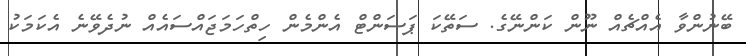
ބޭނުންވާ އެއްޗެއް ނޫން ކަންނޭގެ. ސަތޭކަ ޕަސަންޓް އެންމެން ހިތްހަމަޖައްސައެއް ނުދެވޭނެ އެކަމަކު